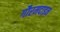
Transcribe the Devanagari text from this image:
गौरमदाइन